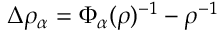
\Delta \rho _ { \alpha } = \Phi _ { \alpha } ( \rho ) ^ { - 1 } - \rho ^ { - 1 }